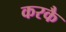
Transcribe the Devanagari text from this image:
करकै